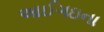
આઈગઇના